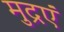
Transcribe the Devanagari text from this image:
मुद्रएं